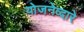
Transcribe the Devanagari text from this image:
योजनेव्दारे